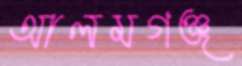
আলমগঞ্জ